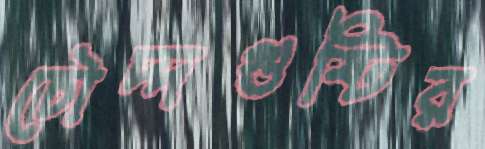
চৌদ্দগুষ্টির